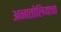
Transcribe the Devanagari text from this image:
अनातोलियाचा